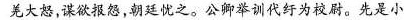
羌大怒，谋欲报怨，朝廷忧之。公卿举训代纡为校尉。先是小